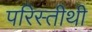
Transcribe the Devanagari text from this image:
परिस्तीथी